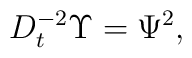
D^{-2}_{t}\Upsilon =\Psi^2,